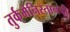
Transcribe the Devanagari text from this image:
तुर्कमेनिस्तानची